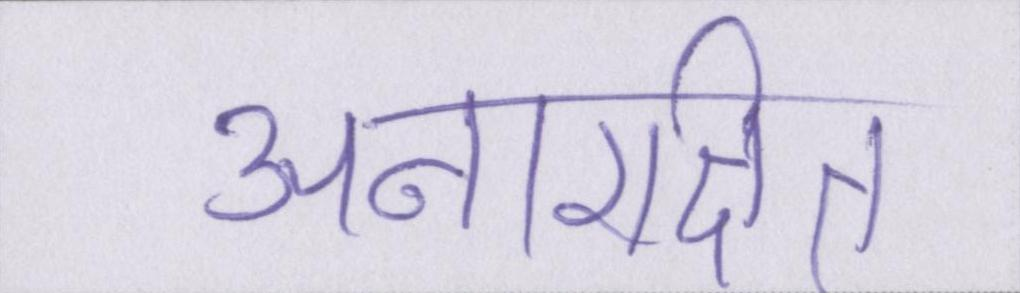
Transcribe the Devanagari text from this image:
अनारक्षित